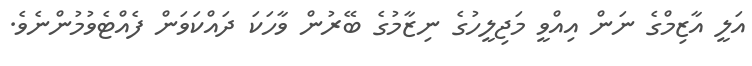
އަލީ އާޒިމްގެ ނަން އިއްވީ މަޖިލީހުގެ ނިޒާމުގެ ބޭރުން ވާހަކަ ދައްކަވަން ފެއްޓެވުމުންނެވެ.